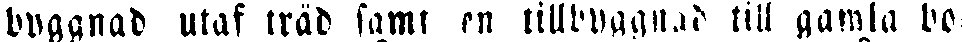
byggnad utaf träd samt en tillbyggnad till gamla bo-